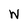
Character: W